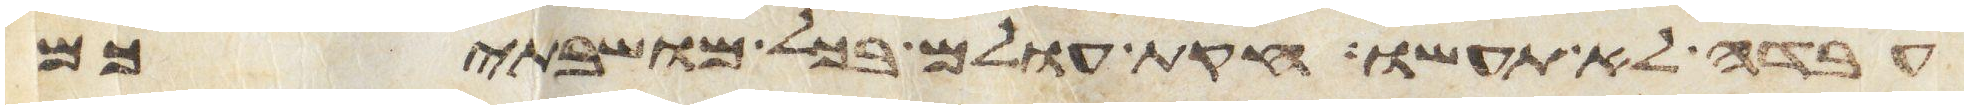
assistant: עבדה לא תעשו חקות עולם בכל מושבתיכם